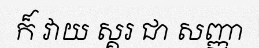
ក៏ វាយ ស្គរ ជា សញ្ញា